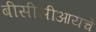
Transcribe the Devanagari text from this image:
बीसीसीआयचे